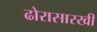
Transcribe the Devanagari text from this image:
ढोरासारखी